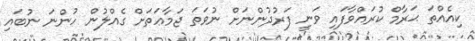
ކިއެއްތަ ޙަރާމް ކުރައްވާފައި ވަނީ ފަރުދުންނަށް ނުވަތަ ޖަމާޢަތަށް ގެއްލުން ހުންނަ ނުބައި